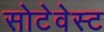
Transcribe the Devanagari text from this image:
सोटेवेस्ट